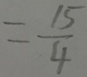
= \frac { 1 5 } { 4 }